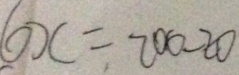
6 x = 2 0 0 - 2 0